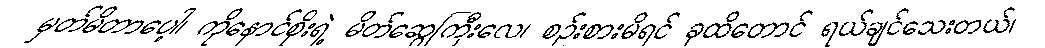
မှတ်မိတာပေါ့၊ ကိုနောင်စိုးရဲ့ မိတ်ဆွေကြီးလေ၊ စဉ်းစားမိရင် ခုထိတောင် ရယ်ချင်သေးတယ်၊